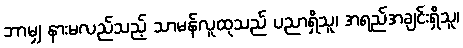
ဘာမျှ နားမလည်သည့် သာမန်လူထုသည် ပညာရှိသူ၊ အရည်အချင်းရှိသူ၊